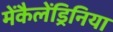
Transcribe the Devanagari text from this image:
मेंकैलेंड्रिनिया